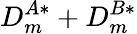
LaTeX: D_{m}^{A*}+D_{m}^{B*}